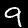
Digit: 9